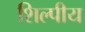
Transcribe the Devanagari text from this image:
शिल्पीय